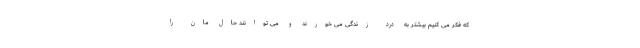
که فکر می کنیم بیشتر به درد زندگی می خورند و می توانند حال مان را